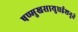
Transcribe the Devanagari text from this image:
षण्मुखसायुधईशनुते